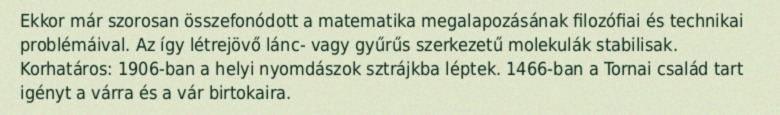
Ekkor már szorosan összefonódott a matematika megalapozásának filozófiai és technikai problémáival. Az így létrejövő lánc- vagy gyűrűs szerkezetű molekulák stabilisak. Korhatáros: 1906-ban a helyi nyomdászok sztrájkba léptek. 1466-ban a Tornai család tart igényt a várra és a vár birtokaira.